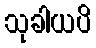
သုခါယပိ